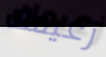
زعيمك